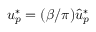
u _ { p } ^ { * } = ( \beta / \pi ) \hat { u } _ { p } ^ { * }